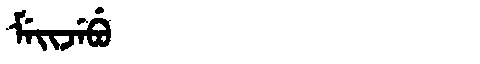
Manchu: ᠮᡝᡳᠵᡝᠪᡠ
Romanization: MEIJEBU